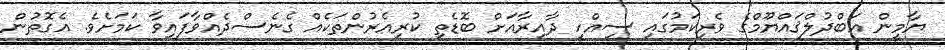
ޔާމީން އަބްދުލްޤައްޔޫމްގެ ވެރިކަމުގައި ސިއްހީ ދާއިރާއަށް ބޮޑެތި ކުރިއެރުންތަކެއް ގެނެސްދެއްވާފައިވާ ކަމަށެވެ. އެގޮތުން